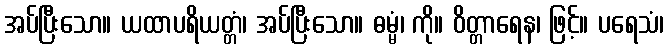
အပ်ပြီးသော။ ယထာပရိယတ္တံ၊ အပ်ပြီးသော။ ဓမ္မံ၊ ကို။ ဝိတ္တာရေန၊ ဖြင့်။ ပရေသံ၊